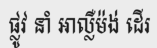
ផ្លូវ នាំ អាល្លឺម៉ង់ ដើរ